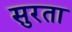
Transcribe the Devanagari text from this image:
सुरता